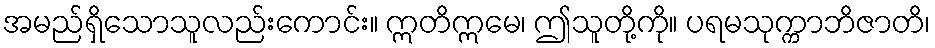
အမည်ရှိသောသူလည်းကောင်း။ ဣတိဣမေ၊ ဤသူတို့ကို။ ပရမသုက္ကာဘိဇာတိ၊